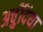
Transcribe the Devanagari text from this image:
अर्चुंदिया